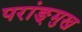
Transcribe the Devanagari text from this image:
परांङ्‌मुख